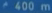
400 m